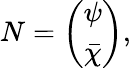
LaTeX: N=\left(\begin{array}{c}{{\psi}}\\ {{\bar{\chi}}}\end{array}\right),